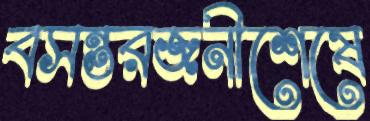
বসন্তরজনীশেষে